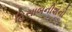
હિસાબનીશનો